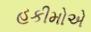
હકીમોએ